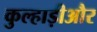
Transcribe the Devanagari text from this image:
कुल्हाड़ीऔर